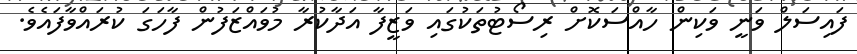
ފައިސަލް ވަނީ ވަކިން ހާއްސަކޮށް ރިސޯޓުތަކުގައި ވަޒީފާ އަދާކުރާ މުވައްޒަފުން ފާހަގަ ކުރައްވާފައެވެ.